Vaccination United Provinces of Agra and Oudh 1914-1922 - 1914-1922
Year: 1914
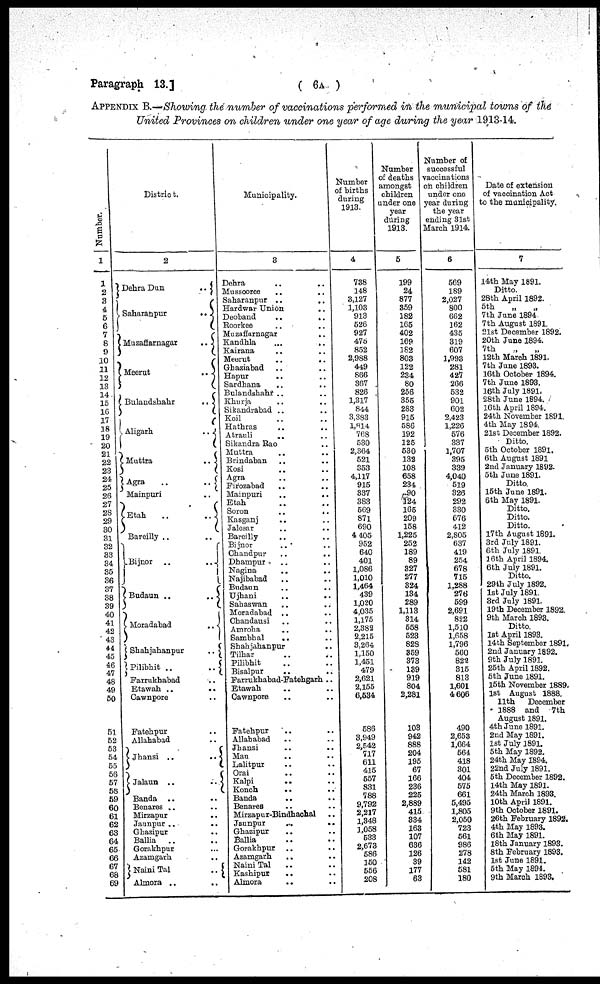
Paragraph 13.]
( 6A )
APPENDIX B.—Showing the number of vaccinations performed in the municipal towns of the
United Provinces on children under one year of age during the year 1913-14.
Number.
1
1
2
3
4
5
6
7
8
9
10
11
12
13
14
15
16
17
18
19
20
21
22
23
24
25
26
27
28
29
30
31
32
33
34
35
36
37
38
39
40
41
42
43
44
45
46
47
48
49
50
51
52
53
54
55
56
57
58
59
60
61
62
63
64
65
66
67
68
69
District.
2
Dehra Dun
..
Saharanpur
..
Muzaffarnagar
..
Meerut
..
Bulandshahr
..
Aligarh
..
Muttra
..
Agra
..
..
Mainpuri
Etah
..
..
Bareilly .. ..
Bijnor ..
..
Budaun ..
..
Moradabad
..
Shahjahanpur
..
Pilibhit
..
..
Farrukhabad ..
Etawah
..
..
Cawnpore ..
Fatehpur
..
Allahabad ..
Jhansi ..
..
Jalaun ..
..
Banda .. ..
Benares
..
..
Mirzapur
..
Jaunpur
..
..
Ghazipur
..
Ballia
..
..
Gorakhpur
...
Azamgarh
..
Naini Tal
..
Almora .. ..
Municipality.
3
Dehra
.. ..
Mussooree .. ..
Saharanpur
..
..
Hardwar Union ..
Deoband
..
..
Roorkee .. ..
Muzaffarnagar
..
Kandhla
...
..
Kairana .. ..
Meerut
..
..
Ghaziabad .. ..
Hapur .. ..
Sardhana
..
..
Bulandshahr .. ..
Khurja .. ..
Sikandrabad .. ..
Koil .. ..
Hathras
..
..
Atrauli .. ..
Sikandra Rao ..
Muttra .. ..
Brindaban .. ..
Kosi .. ..
Agra .. ..
Firozabad .. ..
Mainpuri
..
..
Etah .. ..
Soron
..
..
Kasganj .. ..
Jalesar
..
..
Bareilly .. ..
Bijnor .. ..
Chandpur
..
..
Dhampur .. ..
Nagina .. ..
Najibabad
.. ..
Budaun .. ..
Ujhani .. ..
Sahaswan .. ..
Moradabad .. ..
Chandausi
..
..
Amroha
..
..
Sambhal
.. ..
Shahjahanpur .. ..
Tilhar
..
..
Pilibhit .. ..
Bisalpur .. ..
Farrukhabad-Fatehgarh ..
Etawah .. ..
Cawnpore .. ..
Fatehpur
..
..
Allahabad
..
..
Jhansi
..
..
Mau
.. ..
Lalitpur
..
..
Orai
..
..
Kalpi
..
..
Konch
..
..
Banda .. ..
Benares
..
..
Mirzapur-Bindhachal
..
Jaunpur
..
..
Ghazipur
..
..
Ballia
..
..
Gorakhpur ..
..
Azamgarh .. ..
Naini Tal .. ..
Kashipur
..
..
Almora .. ..
Number
of births
during
1913.
4
738
148
3,127
1,103
913
526
927
475
852
2,988
449
866
367
826
1,317
844
3,383
1,814
768
530
2,364
521
353
4,117
915
337
383
569
871
690
4,405
952
640
401
1,086
1,010
1,464
439
1,020
4,035
1,175
2,382
2,215
3,264
1,150
1,451
479
2,621
2,155
6,534
586
3,949
2,542
717
611
415
557
831
788
9,792
2,217
1,348
1,058
533
2,673
586
150
556
208
Number
of deaths
amongst
children
under one
year
during
1918.
5
199
24
877
359
182
165
402
169
182
803
122
234
80
256
355
283
915
586
192
125
530
132
108
658
234
90
124
165
209
158
1,225
252
189
89
327
277
324
134
289
1,113
314
558
523
828
359
373
139
919
804
2,281
103
942
888
204
195
67
166
236
225
2,889
415
334
163
107
636
126
39
177
63
Number of
successful
vaccinations
oh children
under one
year during
the year
ending 31st
March 1914.
6
569
189
2,027
800
662
162
435
319
607
1,993
281
427
266
532
901
602
2,423
1,226
576
337
1,707
395
339
4,040
519
326
292
330
676
412
2,805
637
419
254
678
715
1,288
276
599
2,691
822
1,510
1,658
1,796
560
822
315
813
1,601
4,606
490
2,653
1,664
564
418
301
404
575
661
5,495
1,805
2,050
723
561
986
278
142
581
180
Date of extension
of vaccination Act
to the municipality.
7
14th May 1891.
Ditto.
28th April 1892.
5th
„
„
7 th June 1894
7th August 1891.
21st December 1892.
20th June 1894.
7th „ „
12th March 1891.
7th June 1898.
16th October 1894.
7th June 1893.
16th July 1891.
28th June 1894.
16th April 1894.
24th November 1891.
4th May 1894.
21st December 1892.
Ditto.
5th October 189l.
6th August 1891
2nd January 1892.
5th June 1891.
Ditto.
15th June 1891.
6th May 1891.
Ditto.
Ditto.
Ditto.
17th August 1891.
3rd July 1891.
6th July 1891.
16th April 1894.
6 th July 1891.
Ditto.
29th July 1892.
1st July 1891.
3rd July 1891.
19th December 1892.
9th March 1893.
Ditto.
1st April 1893.
14th September 1891.
2nd January 1892.
9th July 1891.
25th April 1892.
5th June 1891.
15th November 1889.
1st August 1888.
11th
December
1888 and
7th
August 1891.
4th June 1891.
2nd May 1891.
1st July 1891.
5th May 1892.
24th May 1894.
22nd July 1891.
5 th December 1892.
14th May 1891.
24th March 1893.
10th April 1891.
9th October 1891.
26th February 1892.
4th May 1898.
6th May 1891.
18th January 1893.
8th February 1893.
1st June 1891.
5th May 1894.
9th March 1893.